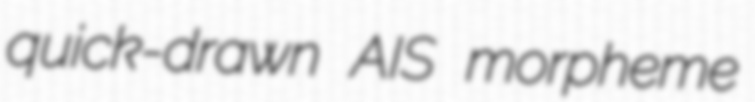
quick-drawn AIS morpheme